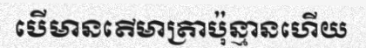
បើមានតើមាត្រាប៉ុន្មានហើយ